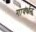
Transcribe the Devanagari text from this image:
गावर्धन